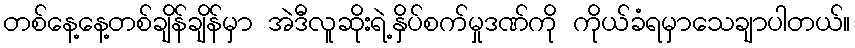
တစ်နေ့နေ့တစ်ချိန်ချိန်မှာ အဲဒီလူဆိုးရဲ့နှိပ်စက်မှုဒဏ်ကို ကိုယ်ခံရမှာသေချာပါတယ်။